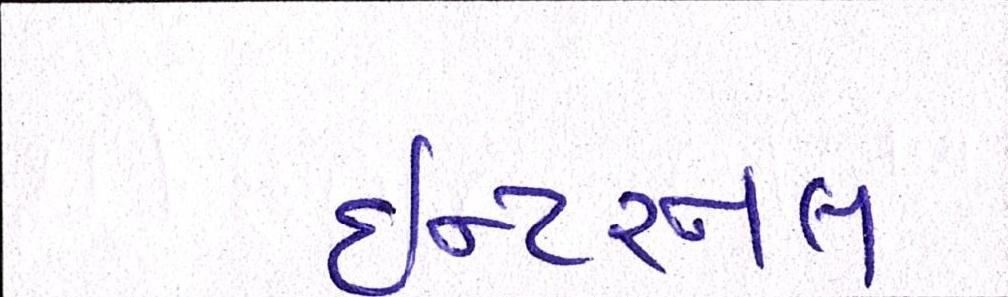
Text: ઇન્ટરનલ